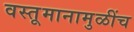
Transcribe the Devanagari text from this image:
वस्तूमानामुळींच